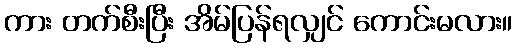
ကား တက်စီးပြီး အိမ်ပြန်ရလျှင် ကောင်းမလား။